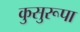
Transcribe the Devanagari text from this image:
कुसुरूपा